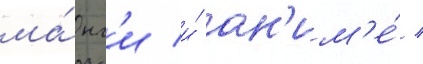
ма́нг'и и́ ан'им'е́ /